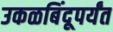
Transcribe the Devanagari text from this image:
उकळबिंदूपर्यंत